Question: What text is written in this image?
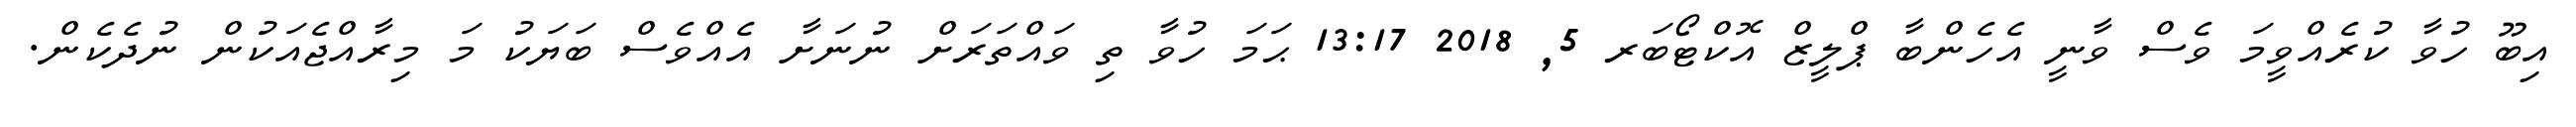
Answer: އިބޫ ހުވާ ކުރެއްވީމަ ވެސް ވާނީ އެހެންބާ ޕްލީޒް އޮކްޓޯބަރ 5, 2018 13:17 ޙަމަ ހުވާ ތި ވައްތަރަށް ނުނަށާ އެއްވެސް ބަޔަކު މަ މިރާއްޖެއަކުން ނުދެކެން.